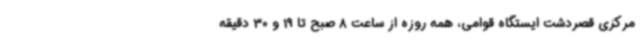
مرکزی قصردشت ایستگاه قوامی، همه روزه از ساعت 8 صبح تا 19 و 30 دقیقه